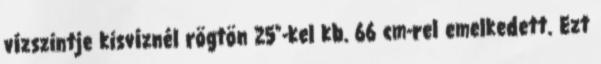
vízszintje kisvíznél rögtön 25”-kel kb. 66 cm-rel emelkedett. Ezt